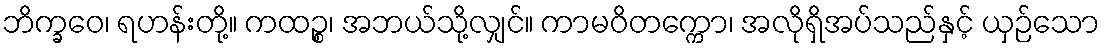
ဘိက္ခဝေ၊ ရဟန်းတို့။ ကထဉ္စ၊ အဘယ်သို့လျှင်။ ကာမဝိတက္ကော၊ အလိုရှိအပ်သည်နှင့် ယှဉ်သော